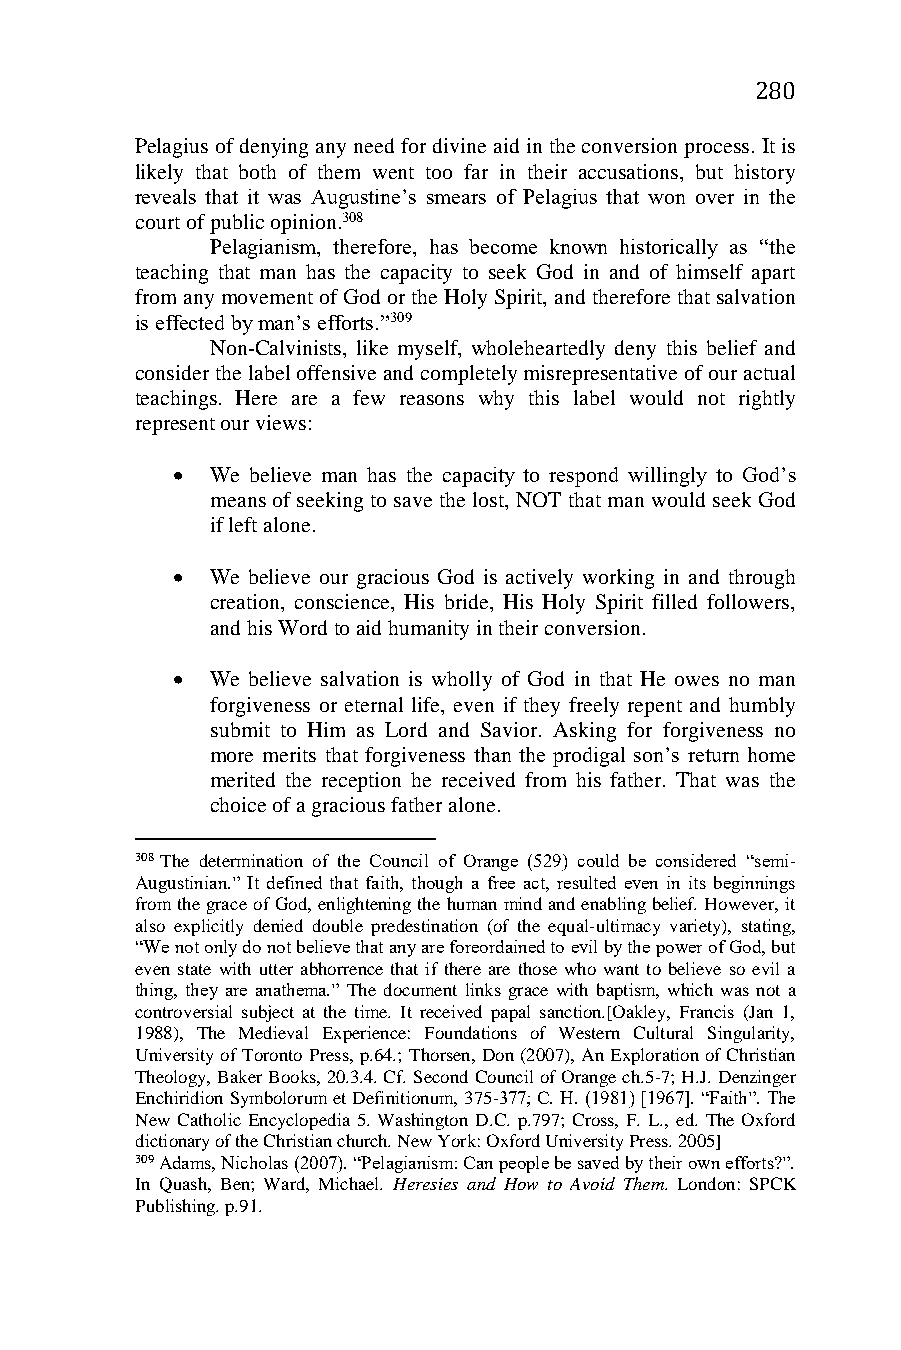
280
 Pelagius of denying any need for divine aid in the conversion process. It is
 likely that both of them went too far in their accusations, but history
 reveals that it was Augustine’s smears of Pelagius that won over in the
 court of public opinion.308
 Pelagianism, therefore, has become known historically as “the
 teaching that man has the capacity to seek God in and of himself apart
 from any movement of God or the Holy Spirit, and therefore that salvation
 is effected by man’s efforts.”309
 Non-Calvinists, like myself, wholeheartedly deny this belief and
 consider the label offensive and completely misrepresentative of our actual
 teachings. Here are a few reasons why this label would not rightly
 represent our views:
   We believe man has the capacity to respond willingly to God’s
 means of seeking to save the lost, NOT that man would seek God
 if left alone.
   We believe our gracious God is actively working in and through
 creation, conscience, His bride, His Holy Spirit filled followers,
 and his Word to aid humanity in their conversion.
   We believe salvation is wholly of God in that He owes no man
 forgiveness or eternal life, even if they freely repent and humbly
 submit to Him as Lord and Savior. Asking for forgiveness no
 more merits that forgiveness than the prodigal son’s return home
 merited the reception he received from his father. That was the
 choice of a gracious father alone.
 308 The determination of the Council of Orange (529) could be considered “semi-
 Augustinian.” It defined that faith, though a free act, resulted even in its beginnings
 from the grace of God, enlightening the human mind and enabling belief. However, it
 also explicitly denied double predestination (of the equal-ultimacy variety), stating,
 “We not only do not believe that any are foreordained to evil by the power of God, but
 even state with utter abhorrence that if there are those who want to believe so evil a
 thing, they are anathema.” The document links grace with baptism, which was not a
 controversial subject at the time. It received papal sanction.[Oakley, Francis (Jan 1,
 1988), The Medieval Experience: Foundations of Western Cultural Singularity,
 University of Toronto Press, p.64.; Thorsen, Don (2007), An Exploration of Christian
 Theology, Baker Books, 20.3.4. Cf. Second Council of Orange ch.5-7; H.J. Denzinger
 Enchiridion Symbolorum et Definitionum, 375-377; C. H. (1981) [1967]. “Faith”. The
 New Catholic Encyclopedia 5. Washington D.C. p.797; Cross, F. L., ed. The Oxford
 dictionary of the Christian church. New York: Oxford University Press. 2005]
 309 Adams, Nicholas (2007). “Pelagianism: Can people be saved by their own efforts?”.
 In Quash, Ben; Ward, Michael. Heresies and How to Avoid Them. London: SPCK
 Publishing. p.91.